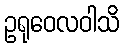
ဥရုဝေလဝါသိ